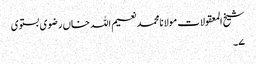
شیخ المعقولات مولانامحمدنعیم اللہ خاں رضوی بستوی
۷۔